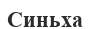
Синьха